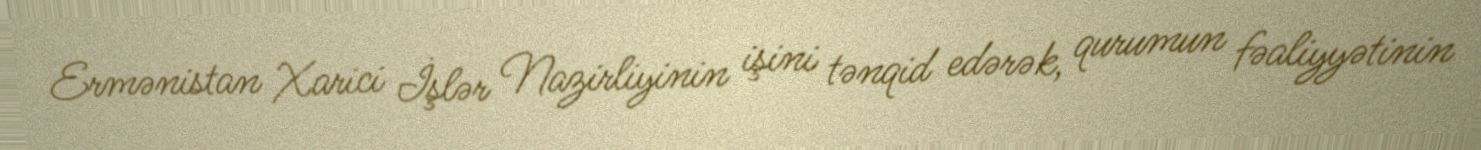
Ermənistan Xarici İşlər Nazirliyinin işini tənqid edərək, qurumun fəaliyyətinin